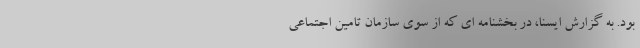
بود. به گزارش ایسنا، در بخشنامه ای که از سوی سازمان تامین اجتماعی